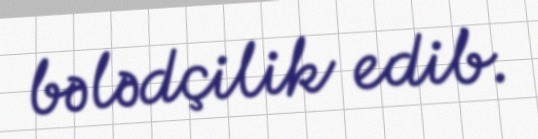
bələdçilik edib.